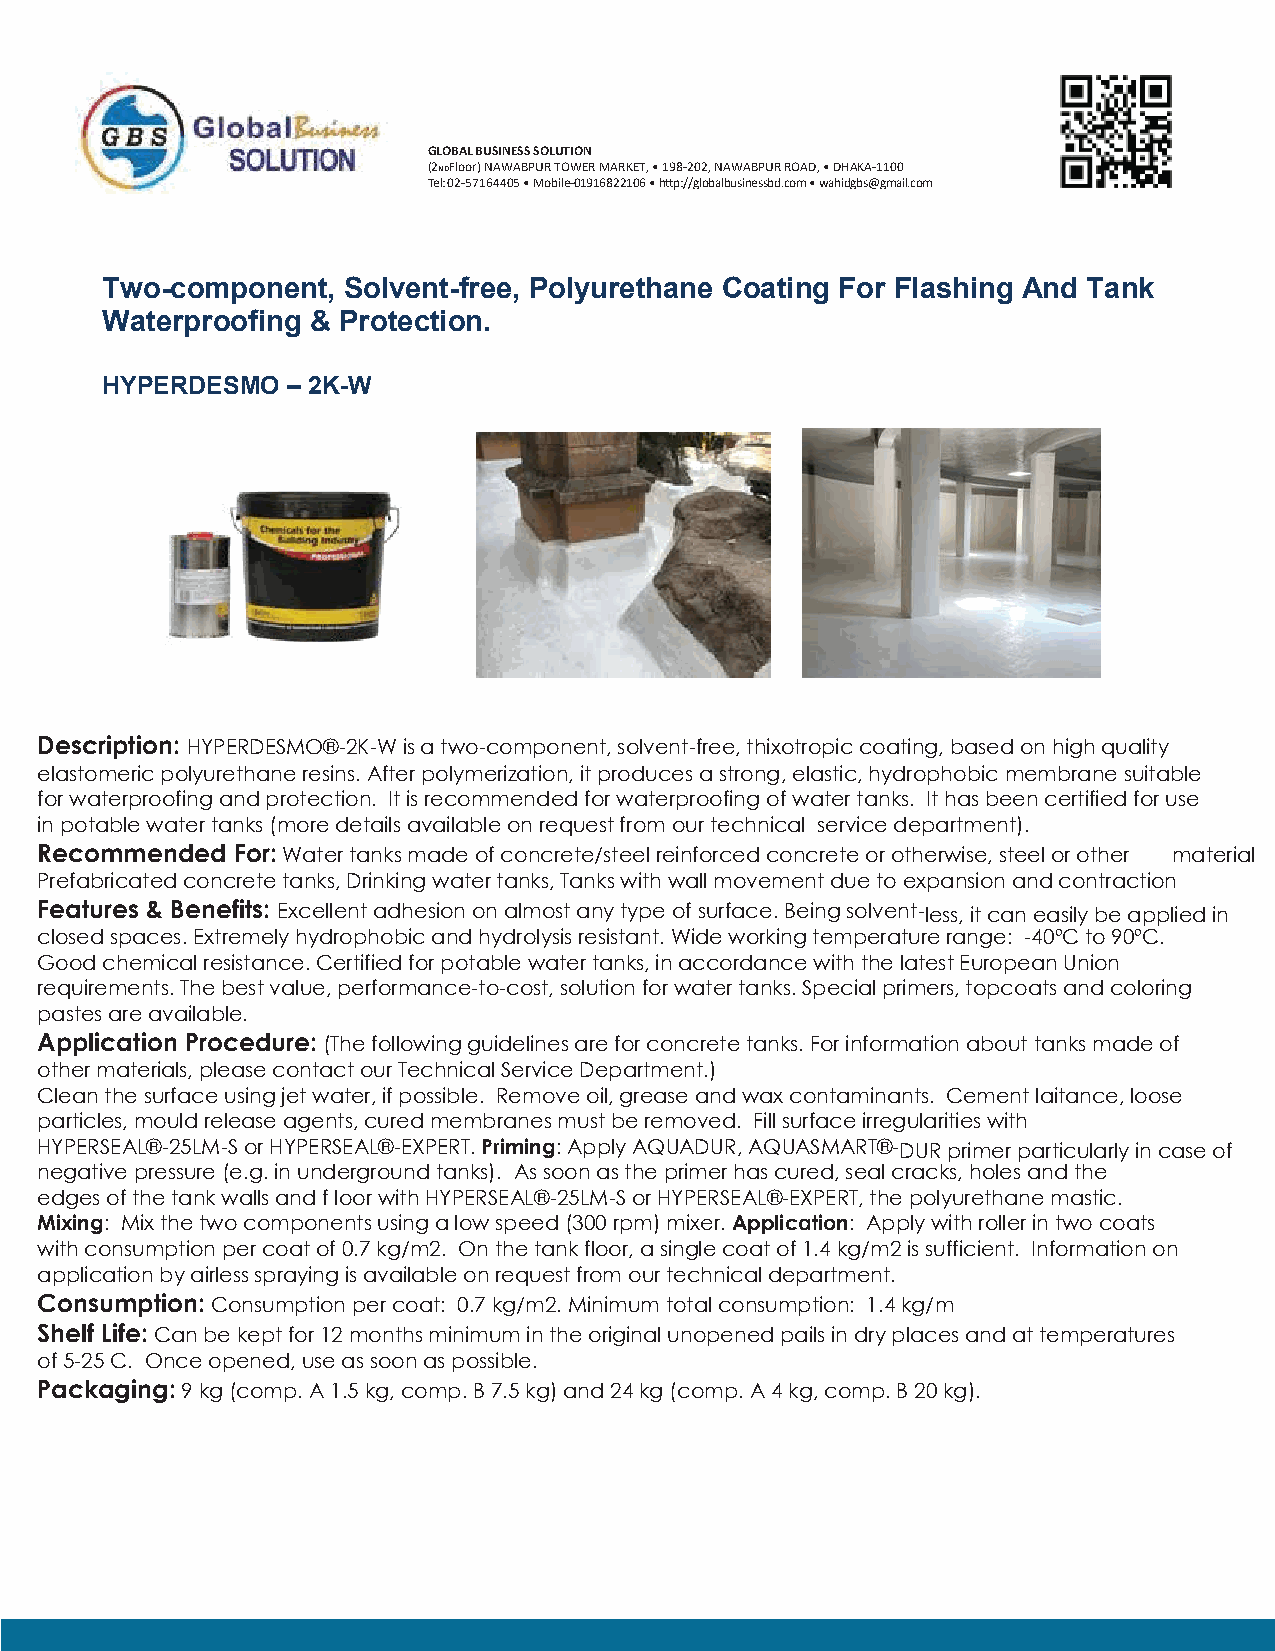
GLOBAL BUSINESS SOLUTION
 (2NDFloor) NAWABPUR TOWER MARKET, • 198-202, NAWABPUR ROAD, • DHAKA-1100
 Tel: 02-57164405 • Mobile-01916822106 • h�p://globalbusinessbd.com • wahidgbs@gmail.com
 Two-component,  Solvent-free, Polyurethane Coating For Flashing And Tank
 Waterproofing & Protection.
 HYPERDESMO  – 2K-W
 Description: HYPERDESMO®-2K-W is a two-component, solvent-free, thixotropic coating, based on high quality
 elastomeric polyurethane resins. After polymerization, it produces a strong, elastic, hydrophobic membrane suitable
 for waterproofing and protection. It is recommended for waterproofing of water tanks. It has been certified for use
 in potable water tanks (more details available on request from our technical service department).
 Recommended  For: Water tanks made of concrete/steel reinforced concrete or otherwise, steel or other material
 Prefabricated concrete tanks, Drinking water tanks, Tanks with wall movement due to expansion and contraction
 Features & Benefits: Excellent adhesion on almost any type of surface. Being solvent-less, it can easily be applied in
 closed spaces. Extremely hydrophobic and hydrolysis resistant. Wide working temperature range: -40ºC to 90ºC.
 Good chemical resistance. Certified for potable water tanks, in accordance with the latest European Union
 requirements. The best value, performance-to-cost, solution for water tanks. Special primers, topcoats and coloring
 pastes are available.
 Application Procedure: (The following guidelines are for concrete tanks. For information about tanks made of
 other materials, please contact our Technical Service Department.)
 Clean the surface using jet water, if possible. Remove oil, grease and wax contaminants. Cement laitance, loose
 particles, mould release agents, cured membranes must be removed. Fill surface irregularities with
 HYPERSEAL®-25LM-S or HYPERSEAL®-EXPERT. Priming: Apply AQUADUR, AQUASMART®-DUR primer particularly in case of
 negative pressure (e.g. in underground tanks). As soon as the primer has cured, seal cracks, holes and the
 edges of the tank walls and f loor with HYPERSEAL®-25LM-S or HYPERSEAL®-EXPERT, the polyurethane mastic.
 Mixing: Mix the two components using a low speed (300 rpm) mixer. Application: Apply with roller in two coats
 with consumption per coat of 0.7 kg/m2. On the tank floor, a single coat of 1.4 kg/m2 is sufficient. Information on
 application by airless spraying is available on request from our technical department.
 Consumption: Consumption per coat: 0.7 kg/m2. Minimum total consumption: 1.4 kg/m
 Shelf Life: Can be kept for 12 months minimum in the original unopened pails in dry places and at temperatures
 of 5-25 C. Once opened, use as soon as possible.
 Packaging: 9 kg (comp. A 1.5 kg, comp. B 7.5 kg) and 24 kg (comp. A 4 kg, comp. B 20 kg).